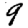
Digit: 9